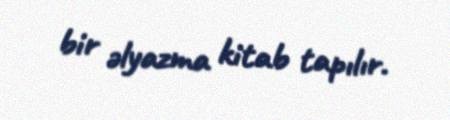
bir əlyazma kitab tapılır.